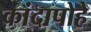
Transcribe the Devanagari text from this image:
कांदापोहे